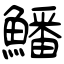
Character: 鱕